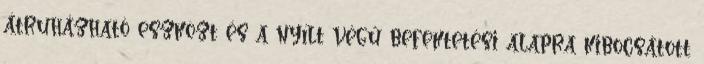
átruházható eszközt és a nyílt végű befektetési alapra kibocsátott